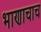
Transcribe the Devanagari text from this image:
भाणाचाच